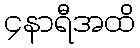
၄နာရီအထိ